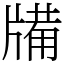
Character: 㸢